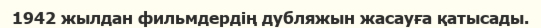
1942 жылдан фильмдердің дубляжын жасауға қатысады.